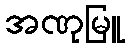
အဏုမြူ